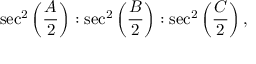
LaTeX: \sec ^ { 2 } \left( { \frac { A } { 2 } } \right) : \sec ^ { 2 } \left( { \frac { B } { 2 } } \right) : \sec ^ { 2 } \left( { \frac { C } { 2 } } \right) ,